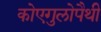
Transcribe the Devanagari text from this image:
कोएगुलोपैथी